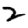
Digit: 2